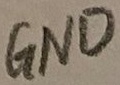
Text: GND